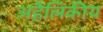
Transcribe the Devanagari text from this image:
अहेलिकीय